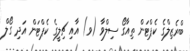
ބްރެޒިލްގެ ކެޕްޓަން ތިއާގޯ ސިލްވާ (ވ) އާއި ޗިލީގެ ކެޕްޓަން އަދި ގޯލް